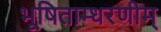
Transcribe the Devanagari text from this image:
भूषिताम्धरणीम्